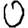
Digit: 0